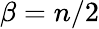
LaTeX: \beta=n/2